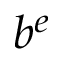
b ^ { e }